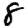
Digit: 8